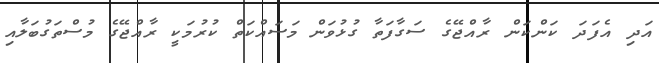
އަދި އެފަދަ ކަންކަން ރާއްްޖޭގެ ސަގާފަތާ ގުޅުވަން މަސައްކަތް ކުރުމަކީ ރާއްޖޭގެ މުސްތަގުބަލާއި